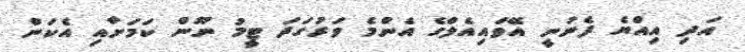
އަދި އިއްޔެ ފެނުނީ އޭވައިއެލްގެ އެންމެ ވަރުގަދަ ޓީމު ނޫން ކަމަށާއި އެކަން